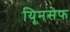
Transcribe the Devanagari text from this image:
यिूनसेफ